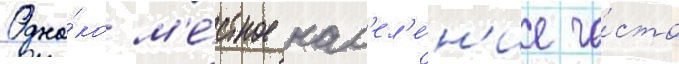
Одна́ко м'е́стное нас'ел'е́н'ие ча́сто